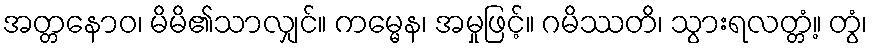
အတ္တနောဝ၊ မိမိ၏သာလျှင်။ ကမ္မေန၊ အမှုဖြင့်။ ဂမိဿတိ၊ သွားရလတ္တံ့။ တွံ၊